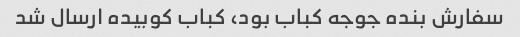
سفارش بنده جوجه کباب بود، کباب کوبیده ارسال شد